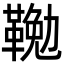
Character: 𩋭